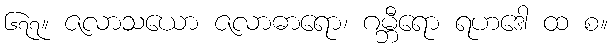
၆၇၇။ ဇလာသယော ဇလာဓာရော၊ ဂမ္ဘီရော ရဟဒေါ ထ စ။